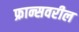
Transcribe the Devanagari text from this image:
फ्रान्सवरील